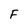
Character: F